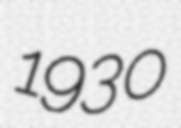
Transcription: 1930